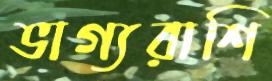
ভাগ্যরাশি